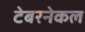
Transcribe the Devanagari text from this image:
टेबरनेकल